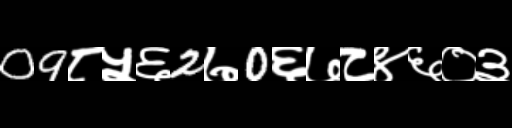
Text: 09८५६2७0६७८४६०३